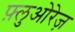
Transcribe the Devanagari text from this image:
फ़्लुओरेज़